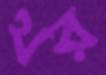
থর